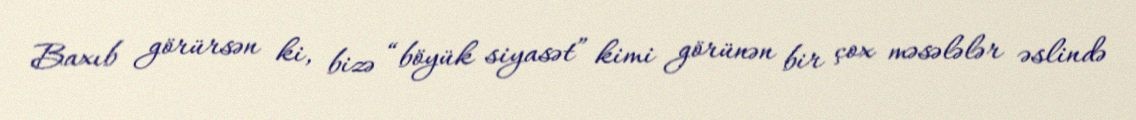
Baxıb görürsən ki, bizə “böyük siyasət” kimi görünən bir çox məsələlər əslində